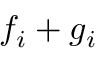
f _ { i } + g _ { i }